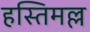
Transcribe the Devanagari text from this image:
हस्तिमल्ल